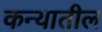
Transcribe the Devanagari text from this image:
कन्यातील